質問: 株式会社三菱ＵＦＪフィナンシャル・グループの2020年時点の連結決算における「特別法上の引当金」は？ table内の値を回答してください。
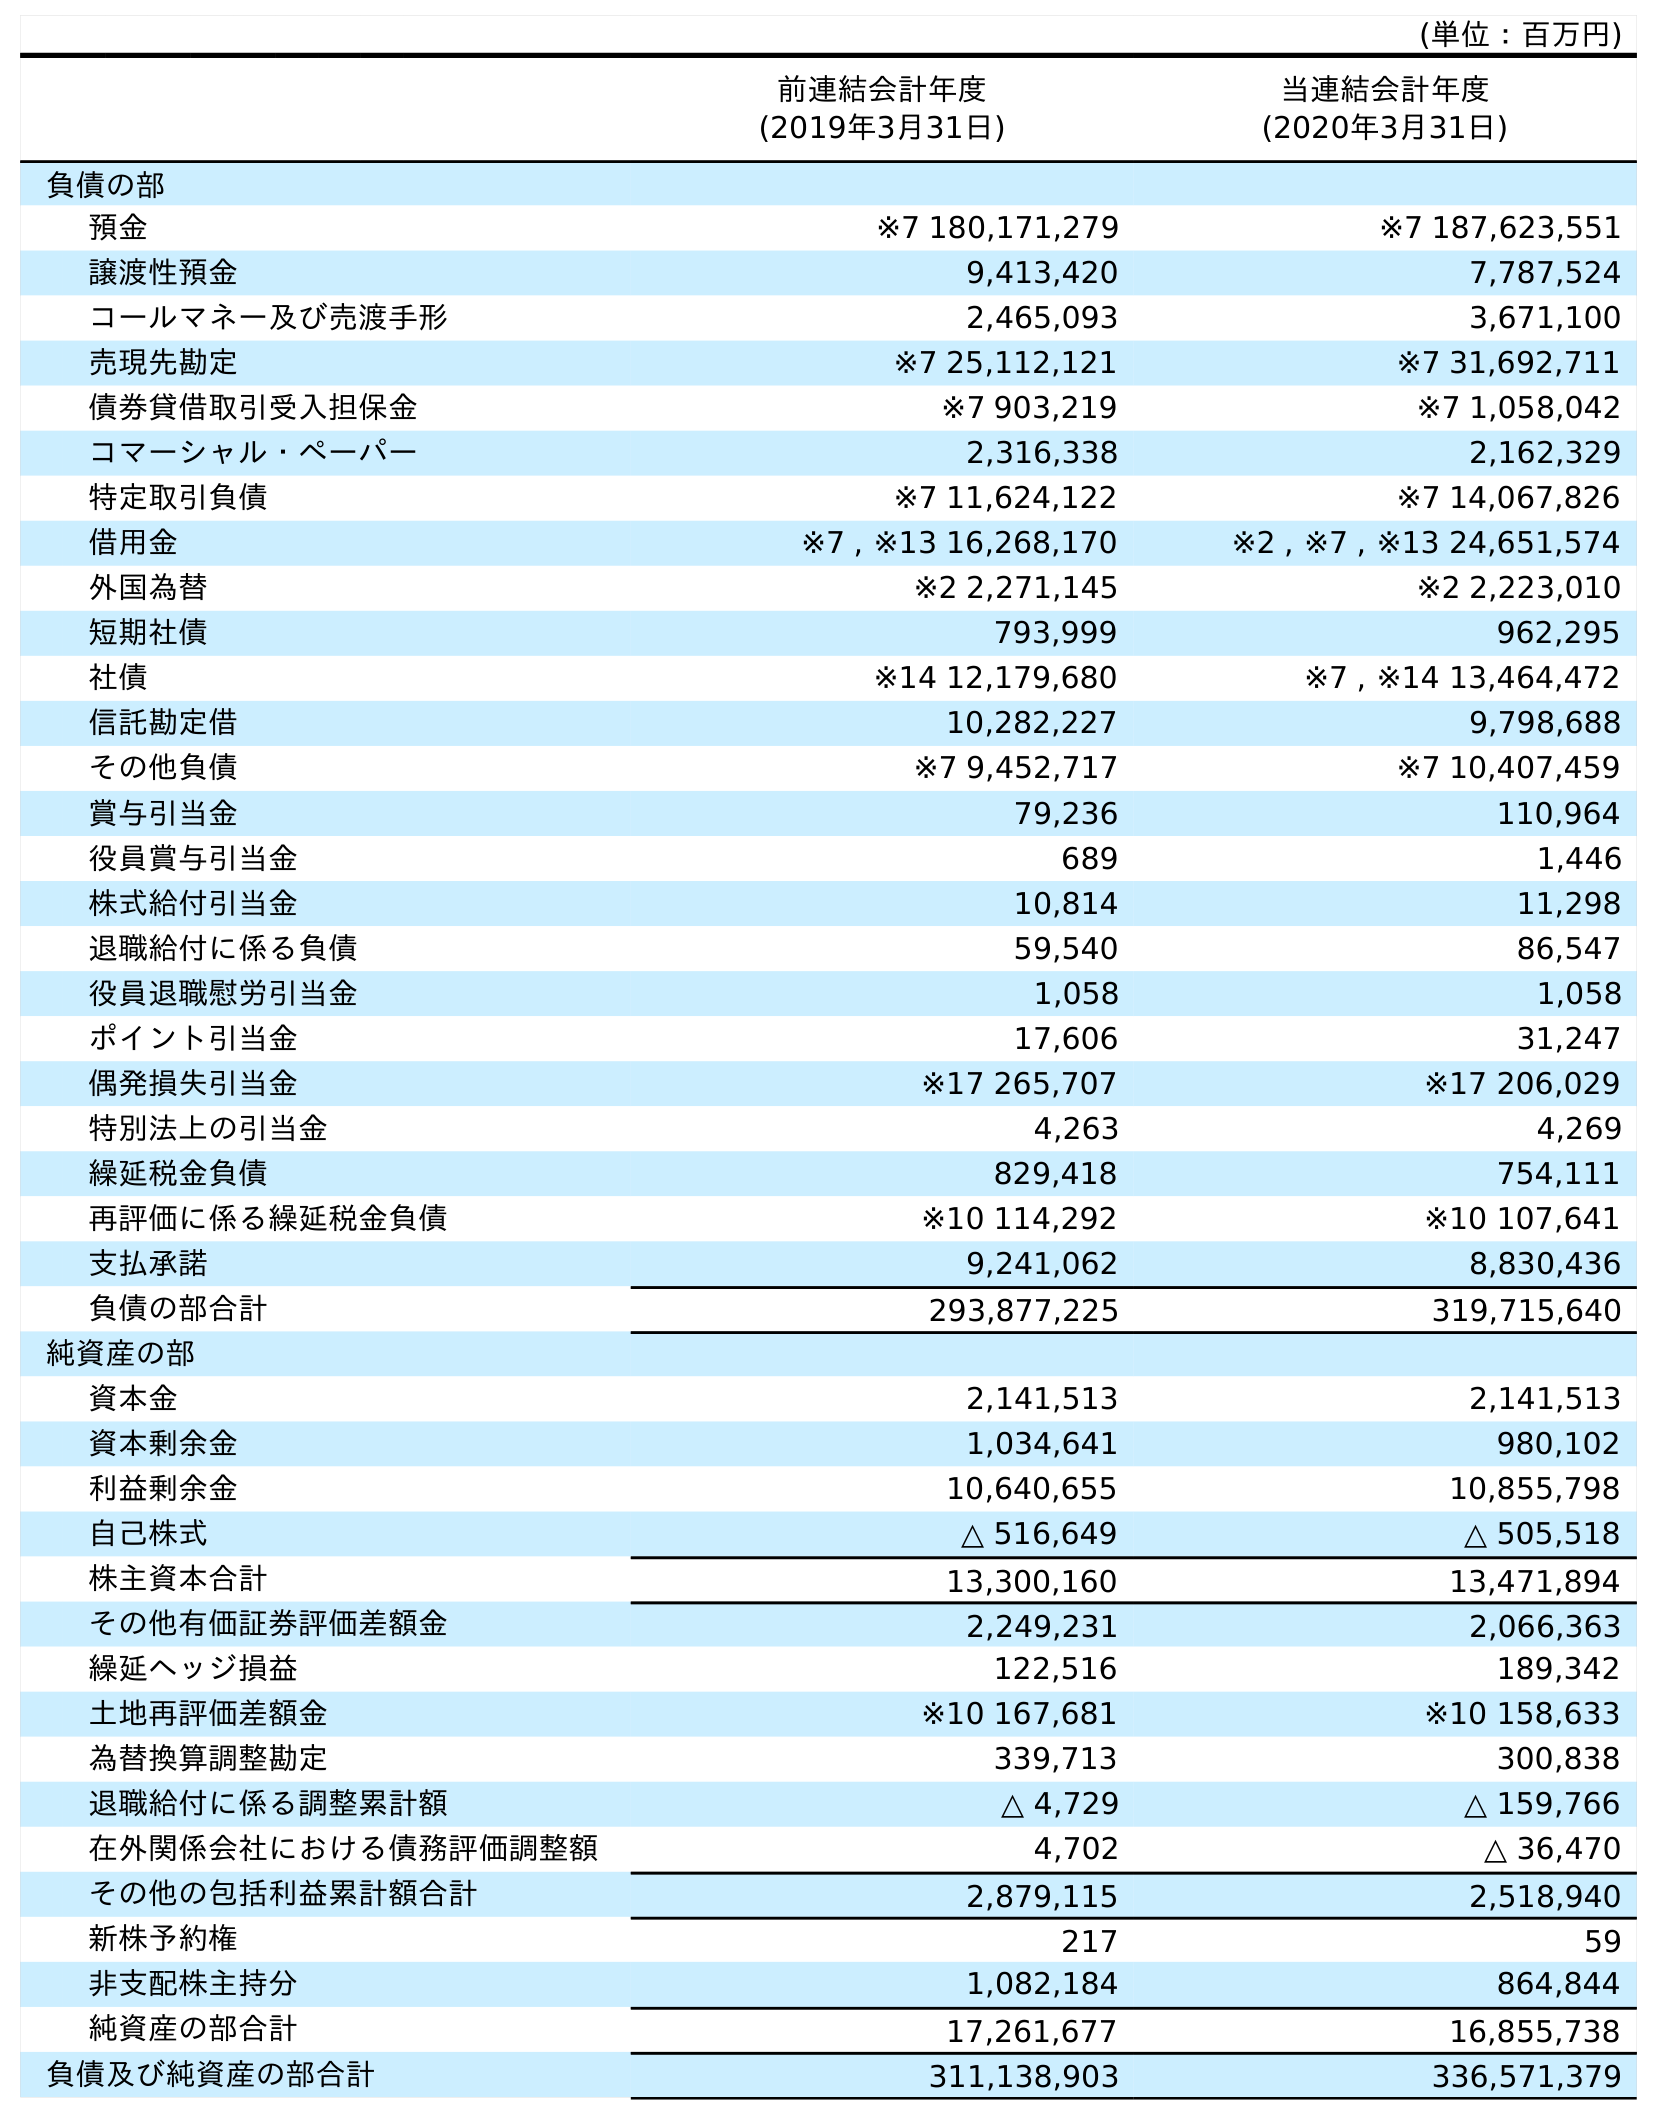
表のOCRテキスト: (単位：百万円) 前連結会計年度 (2019年3月31日) 当連結会計年度 (2020年3月31日) 負債の部 預金 ※7 180,171,279 ※7 187,623,551 譲渡性預金 9,413,420 7,787,524 コールマネー及び売渡手形 2,465,093 3,671,100 売現先勘定 ※7 25,112,121 ※7 31,692,711 債券貸借取引受入担保金 ※7 903,219 ※7 1,058,042 コマーシャル・ペーパー 2,316,338 2,162,329 特定取引負債 ※7 11,624,122 ※7 14,067,826 借用金 ※7 , ※13 16,268,170 ※2 , ※7 , ※13 24,651,574 外国為替 ※2 2,271,145 ※2 2,223,010 短期社債 793,999 962,295 社債 ※14 12,179,680 ※7 , ※14 13,464,472 信託勘定借 10,282,227 9,798,688 その他負債 ※7 9,452,717 ※7 10,407,459 賞与引当金 79,236 110,964 役員賞与引当金 689 1,446 株式給付引当金 10,814 11,298 退職給付に係る負債 59,540 86,547 役員退職慰労引当金 1,058 1,058 ポイント引当金 17,606 31,247 偶発損失引当金 ※17 265,707 ※17 206,029 特別法上の引当金 4,263 4,269 繰延税金負債 829,418 754,111 再評価に係る繰延税金負債 ※10 114,292 ※10 107,641 支払承諾 9,241,062 8,830,436 負債の部合計 293,877,225 319,715,640 純資産の部 資本金 2,141,513 2,141,513 資本剰余金 1,034,641 980,102 利益剰余金 10,640,655 10,855,798 自己株式 △ 516,649 △ 505,518 株主資本合計 13,300,160 13,471,894 その他有価証券評価差額金 2,249,231 2,066,363 繰延ヘッジ損益 122,516 189,342 土地再評価差額金 ※10 167,681 ※10 158,633 為替換算調整勘定 339,713 300,838 退職給付に係る調整累計額 △ 4,729 △ 159,766 在外関係会社における債務評価調整額 4,702 △ 36,470 その他の包括利益累計額合計 2,879,115 2,518,940 新株予約権 217 59 非支配株主持分 1,082,184 864,844 純資産の部合計 17,261,677 16,855,738 負債及び純資産の部合計 311,138,903 336,571,379
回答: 4,269